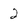
Character: 2